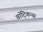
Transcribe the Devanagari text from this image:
वॉट्किन्स